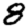
Digit: 8